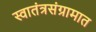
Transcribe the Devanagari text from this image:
स्वातंत्रसंग्रामात